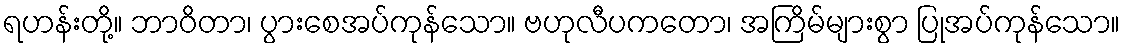
ရဟန်းတို့။ ဘာဝိတာ၊ ပွားစေအပ်ကုန်သော။ ဗဟုလီပကတော၊ အကြိမ်များစွာ ပြုအပ်ကုန်သော။